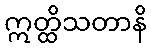
ဣတ္ထိသတာနိ